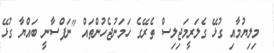
މިލިޔުމާއި ގުޅޭ ގެލަރީމަޖިލިސް ތެރޭގެ ހަމަނުޖެހުންތައް "ނަފްސާނީ ބައްޔާ ގުޅޭ